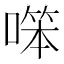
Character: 𠼒